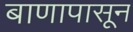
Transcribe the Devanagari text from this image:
बाणापासून